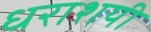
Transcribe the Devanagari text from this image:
धराशयी